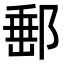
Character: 𨜚